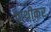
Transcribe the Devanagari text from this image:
पाथ्रीकर